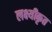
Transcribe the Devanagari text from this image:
लक्ष्यीकृत